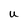
Character: u